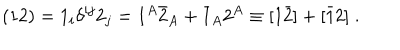
( { 1 2 } ) = 1 _ { i } \delta ^ { i j } 2 _ { j } = 1 ^ { A } \bar { 2 } _ { A } + \bar { 1 } _ { A } 2 ^ { A } \equiv [ 1 \bar { 2 } ] + [ \bar { 1 } 2 ] \; .